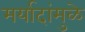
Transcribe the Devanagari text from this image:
मर्यादांमुळे